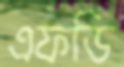
এফডি